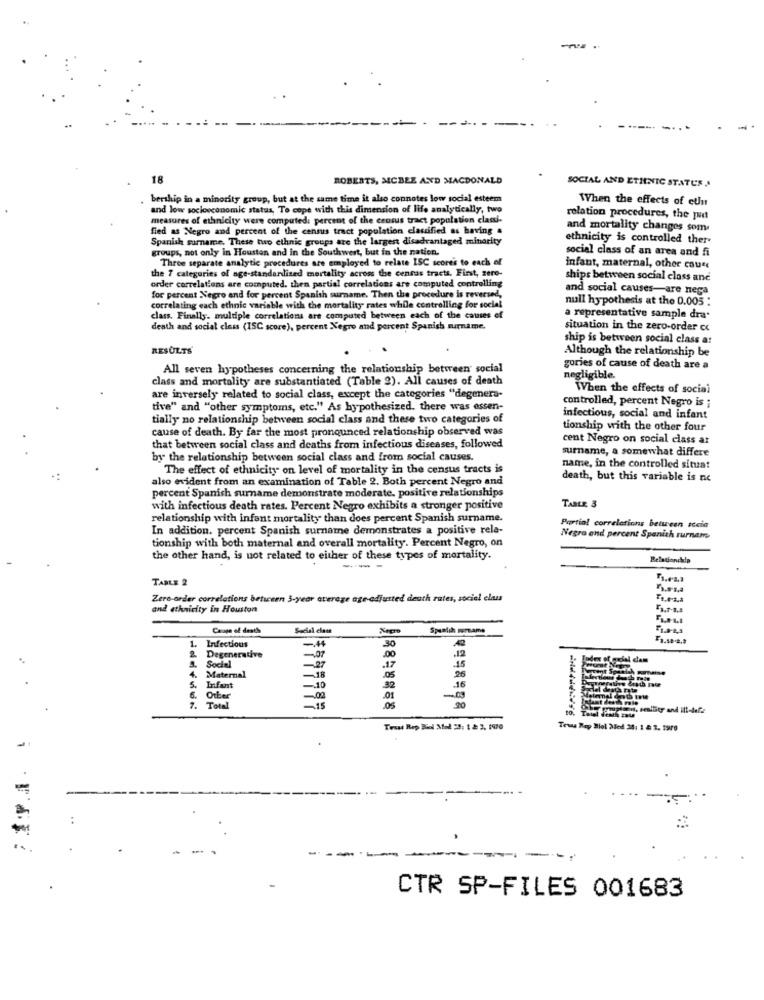
18
ROBERTS, MCBEE AND MACDONALD
SOCIAL AND ETHNIC STATUS ..
bership in a minority group, but at the same time it also connotes low social esteem
When the effects of culu
and low socioeconomic status, To cope with this dimension of life analytically, two
measures of ethnicity were computed: percent of the census tract population clanti-
relation procedures, the put
fied as Negro and percent of the censis tract population classified as having .
and mortality changes som
Spanish surname. These two ethnic groups are the largest disadvantaged minority
ethnicity is controlled ther-
groups, not only in Houston and in the Southwest, but in the nation.
social class of an area and fi
Three separate analytic procedures are employed to relate ISC score's to each of
the 7 categories of age-standardized mortality across the cenras tracts. First, zere-
infant, maternal, other cause
ships between social class and
order correlations are computed. then partial correlations are computed controlling
and social causes-are nega
for percent Negro and for percent Spanish surname. Then the procedure is reversed,
null hypothesis at the 0.005 :
correlating each ethnic variable with the mortality rates while controlling for social
class. Finally. multiple correlations are computed between each of the causes of
a representative sample dra*
death and social class (15C score), percent Negro and percent Spanish mirname.
situation in the zero-order cc
ship is between social class a:
RESULTS
Although the relationship be
All seven hypotheses concerning the relationship between social
gories of cause of death are a
class and mortality are substantiated (Table 2). All causes of death
negligible.
When the effects of social
are inversely related to social class, except the categories "degenera-
controlled, percent Negro is ;
tive" and "other symptoms, etc." As hypothesized. there was essen-
tially no relationship between social class and these two categories of
infectious, social and infant
cause of death. By far the most pronounced relationship observed was
tionship with the other four
cent Negro on social class ar
that between social class and deaths from infectious diseases, followed
surname, a somewhat differe
by the relationship between social class and from social causes.
The effect of ethnicity on level of mortality in the census tracts is
name, in the controlled situat
also evident from an examination of Table 2. Both percent Negro and
death, but this variable is nc
percent Spanish surname demonstrate moderate. positive relationships
with infectious death rates. Percent Negro exhibits a stronger positive
TABLE
relationship with infant mortality than does percent Spanish surname.
In addition. percent Spanish surname demonstrates a positive rela-
Partial correlations between accia
tionship with both maternal and overall mortality. Percent Negro, on
Negro and percent Spanish rurnam
the other hand, is not related to either of these types of mortality.
Relationchip
---
TABLE 2
Zero-arder correlations between 3-year average age adjusted death rates, sociel elau
and ethnicity in Houston
Cange of deaths
Social class
Spanish semame
-1.0-4,3
1.
Infectious
-44
.30
-1.10.2.9
-. 07
.12
2
Degenerative
-27
.00
Social
.17
Maternal
-18
.05
26
Infant
-. 10
32
.16
2
Other
-02
.01
Total
0S
H, smallity and ilt-lette
Text Rep Biol Mod 23: 1 2 3, 1970
Tev Rep Biol Med 34: 1 & 2. 1900
CTR SP-FILES 001683